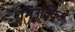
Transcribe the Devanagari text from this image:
मिउक्किअ